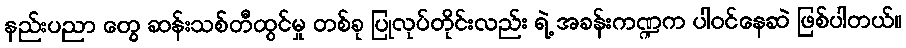
နည်းပညာ တွေ ဆန်းသစ်တီထွင်မှု တစ်ခု ပြုလုပ်တိုင်းလည်း ရဲ့ အခန်းကဏ္ဍက ပါဝင်နေဆဲ ဖြစ်ပါတယ်။